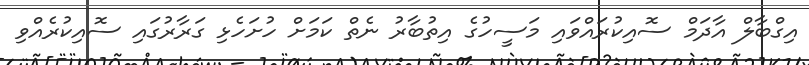
އިގްބާލް އާދަމް ސޮއިކުރައްވައި މަސީހުގެ އިތުބާރު ނެތް ކަމަށް ހުށަހެޅި ގަރާރުގައި ސޮއިކުރެއްވި